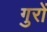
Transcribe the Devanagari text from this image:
गुरों